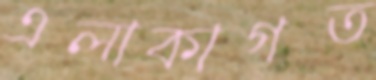
এলাকাগত